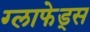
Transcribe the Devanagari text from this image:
ग्लाफेड्स